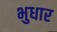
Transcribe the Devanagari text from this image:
भुधार